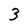
Character: 3